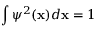
\int \psi ^ { 2 } ( \mathbf { x } ) d \mathbf { x } = 1